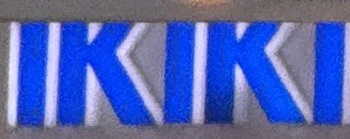
IKIKI